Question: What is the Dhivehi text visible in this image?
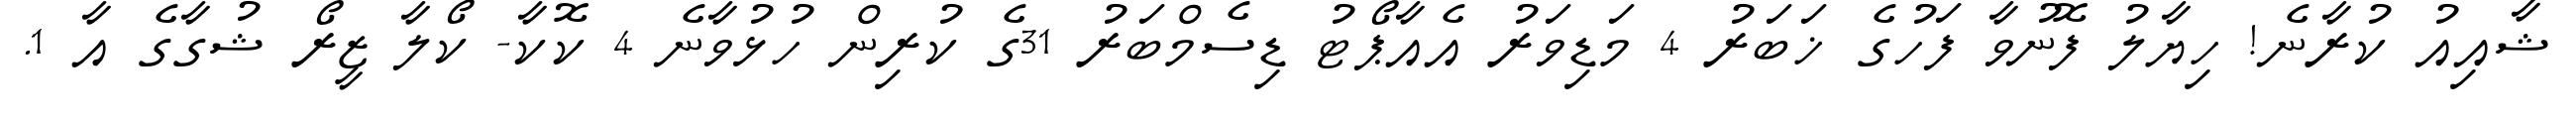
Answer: ޝާއިއު ކުރާނެ! ހިޔާލު ފޮނުވާ ފަހުގެ ޚަބަރު 4 މަޑިވަރު އެއާޕޯޓު ޑިސެމްބަރު 31ގެ ކުރިން ހުޅުވާނެ 4 ކޮކާ- ކޯލާ ޒީރޯ ޝުގާގެ އާ 1.